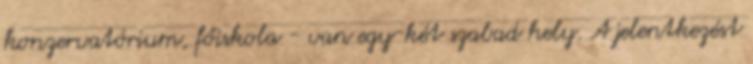
konzervatórium, főiskola - van egy-két szabad hely. A jelentkezést